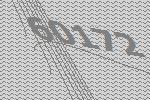
60172